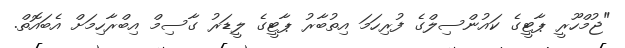
"ޖުމްހޫރީ ޕާޓީގެ ކައުންސިލްގެ ފުރިހަމަ އިތުބާރު ޕާޓީގެ ލީޑަރު ގާސިމް އިބްރާހިމަށް އެބައޮތް.